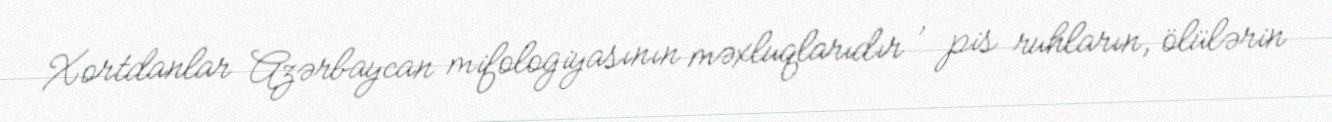
Xortdanlar Azərbaycan mifologiyasının məxluqlarıdır , pis ruhların, ölülərin